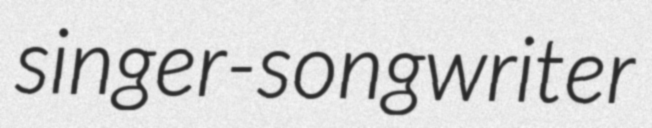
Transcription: singer-songwriter